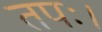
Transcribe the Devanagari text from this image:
तपः।